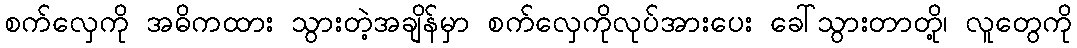
စက်လှေကို အဓိကထား သွားတဲ့အချိန်မှာ စက်လှေကိုလုပ်အားပေး ခေါ်သွားတာတို့၊ လူတွေကို